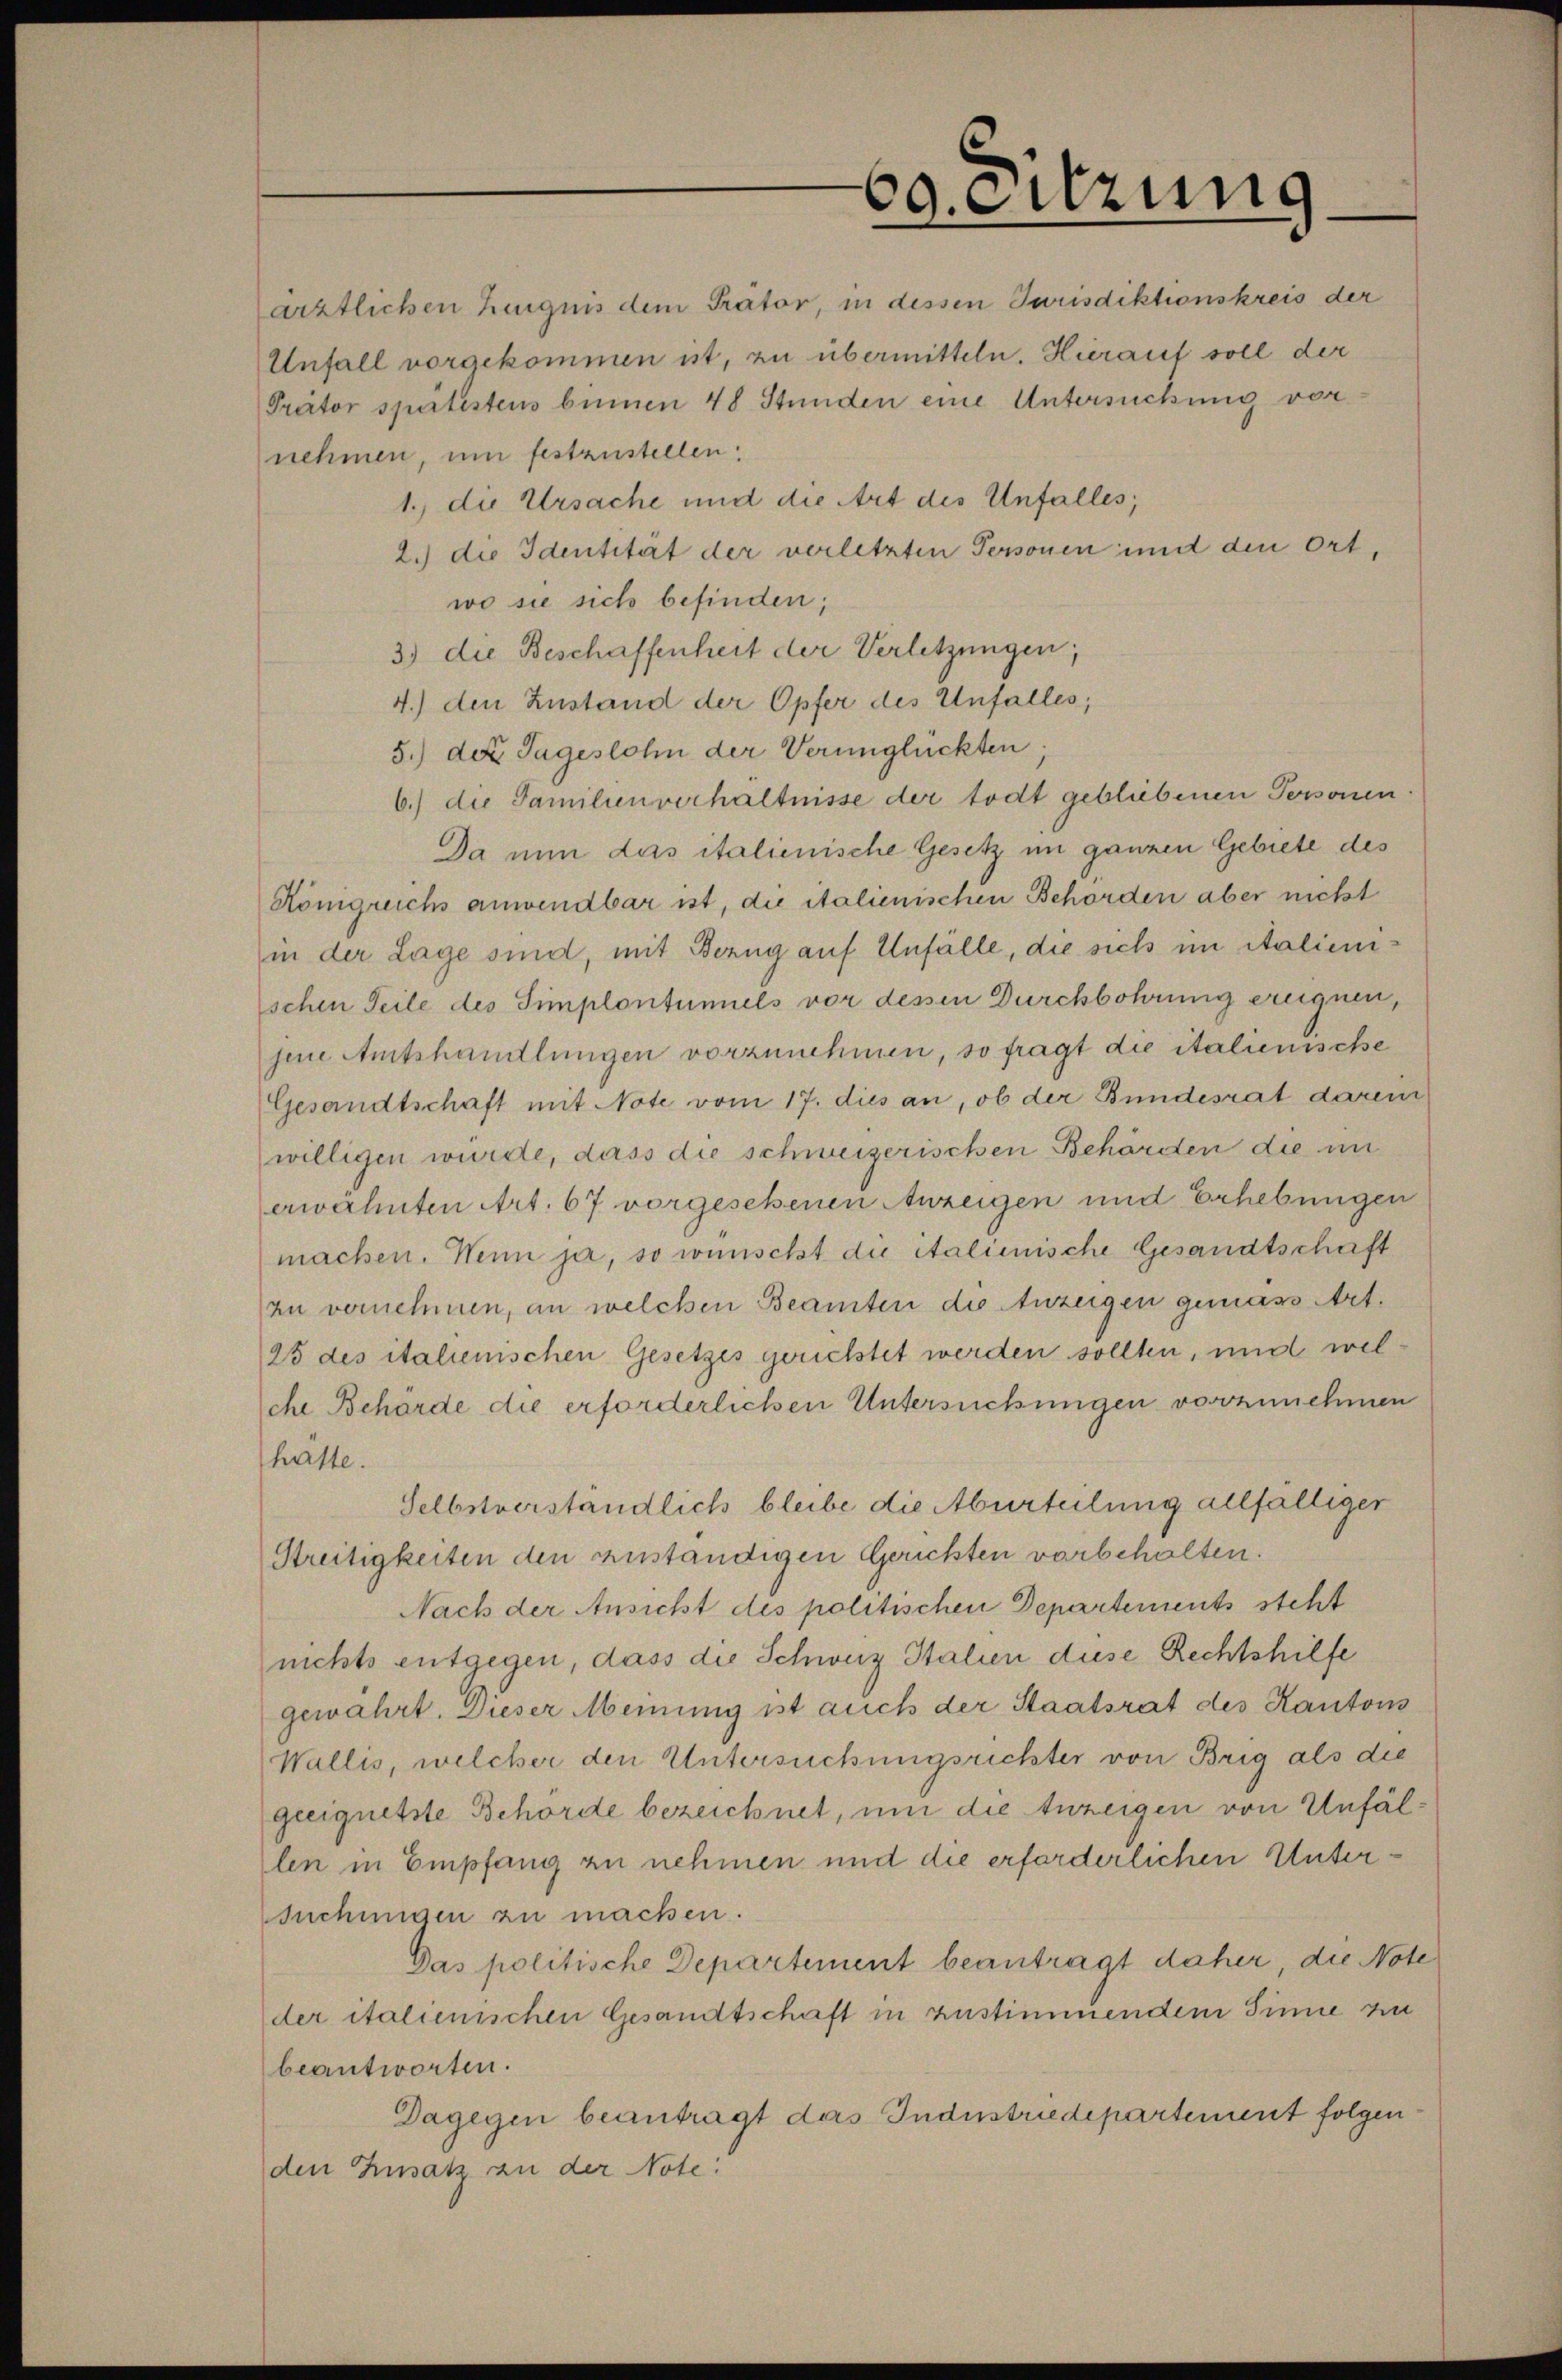
ärztlichen Leugnis dem Prätor, in dessen Jurisdiktionskreis der
Unfall vorgekommen ist, zu übermitteln. Hierauf soll der
Trätor spürtestens binnen 48 Stunden eine Untersuchung vornehmen, um festzustellen:

60. eitzung

1., die Ursache und die Art des Unfalles,
2.) die Identität der verletzten Personen und den Ort,
wo sie sich befinden;
3) die Beschaffenheit der Verletzungen;
4.) den Zustand der Opfer des Unfalles,
5.) der Tageslohn der Verunglückten
6.) die Familienverhältnisse der todt gebliebenen Personen
Da nun das italienische Gesetz im ganzen Gebiete des
Königreichs anwendbar ist, die italienischen Behörden aber nicht
in der Lage sind, mit Bezug auf Unfälle, die sich im Stalienischen Teile des Simplontunnels vor dessen Durchbohrung ereignen,
jene Amtshandlungen vorzunehmen, so fragt die italienische
Gesandtschaft mit Note vom 17. dies an, ob der Bundesrat darein
willigen wurde, dass die schweizerischen Behörden die im
erwähnten Art. 67 vorgesehenen Anzeigen und Erhebungen
machen. Wenn ja, so wünscht die italienische Gesandtschaft
zu vernehmen, an welchen Beamten die Anzeigen gemäss Art.
25 des italienischen Gesetzes gerichtet werden sollten, und welche Behörde die erforderlichen Untersuchungen vorzunehmen
hatte.
Selbstverständlich bleibe die Aburteilung allfälliger
Streitigkeiten den zuständigen Gerichten vorbehalten.
Nach der Ansicht des politischen Departements steht
nichts entgegen, dass die Schweiz Italien diese Rechtshilfe
gewahrt. Dieser Meinung ist auch der Staatsrat des Kantons
Wallis, welcher den Untersuchungsrichter von Brig als die
geeignetste Behörde bezeichnet, um die Anzeigen von Unfällen in Empfang zu nehmen und die erforderlichen Untersuchungen zu machen.
Das politische Departement beantragt daher die Note
der italienischen Gesandtschaft in zustimmendem Sinne zin
beantworten.
Dagegen beantragt das Industriedepartement folgenden Zusatz zu der Note: